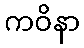
ကဝိနာ